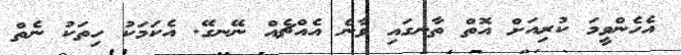
އެހެންވީމަ ކުރިއަށް އޮތް ތާނގައި ވާނެ އެއްޗެއް ނޭނގޭ. އެކަމަކު ހިތަކު ނެތް